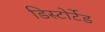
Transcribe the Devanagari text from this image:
डिस्टोर्टेड